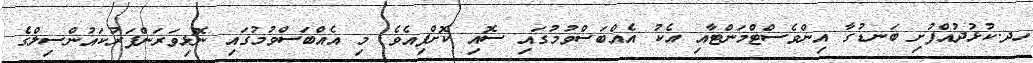
ހދ.ކުޅުދުއްފުށި ބަނޑުގާ އިންވެސްޓްމަންޓާއި އެކު އެއްބަސްވުމުގައި ސޮއި ކޮށްފިއެވެ. މި އެއްބަސްވުމުގައި ނޮޅިވަރަންފަރުކައުންސިލްގެ